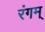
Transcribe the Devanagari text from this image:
रंगम्